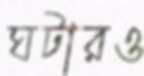
ঘটারও